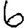
Digit: 6